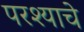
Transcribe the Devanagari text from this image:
परश्याचे